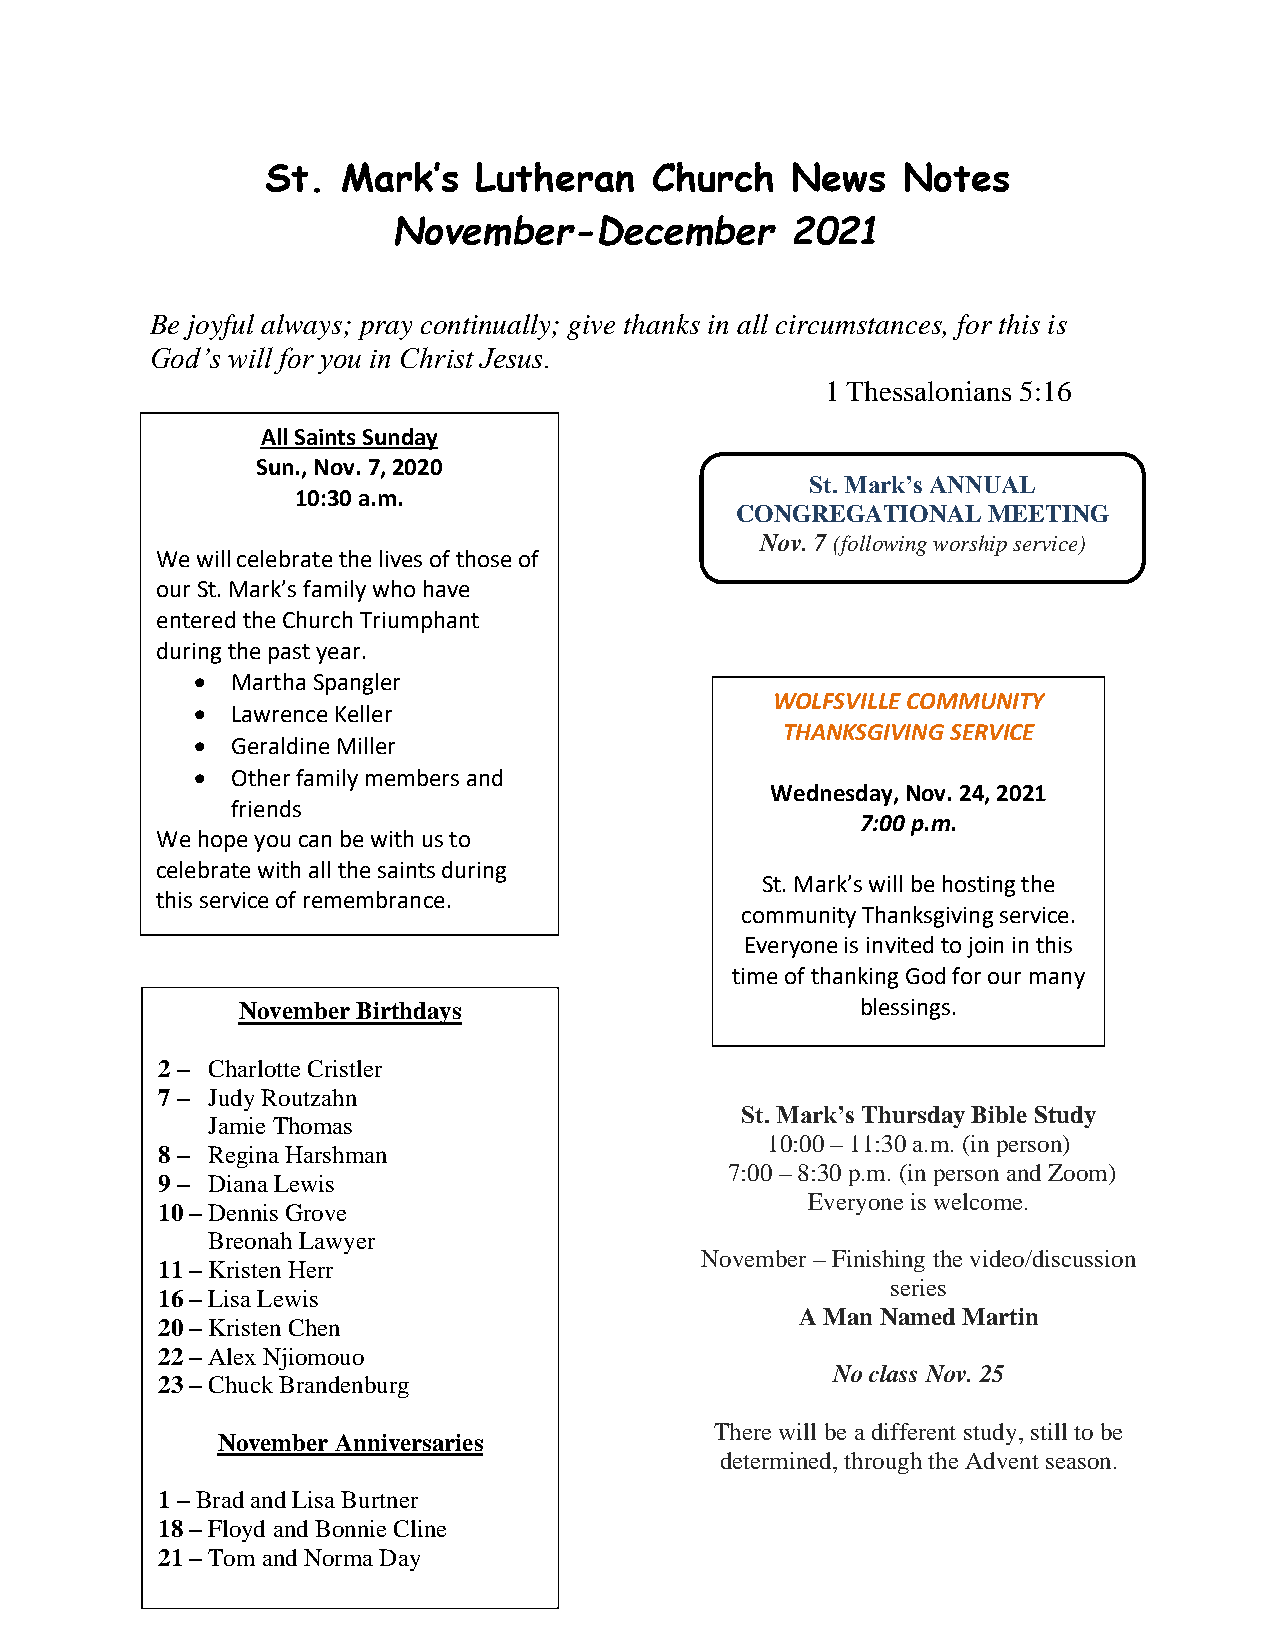
St.  Mark’s   Lutheran   Church   News    Notes
 November-December         2021
 Be joyful always; pray continually; give thanks in all circumstances, for this is
 God’s will for you in Christ Jesus.
 1 Thessalonians 5:16
 All Saints Sunday
 Sun., Nov. 7, 2020
 St. Mark’s ANNUAL
 10:30 a.m.
 CONGREGATIONAL  MEETING
 Nov. 7 (following worship service)
 We will celebrate the lives of those of
 our St. Mark’s family who have
 entered the Church Triumphant
 during the past year.
 • Martha Spangler
 WOLFSVILLE COMMUNITY
 • Lawrence Keller
 THANKSGIVING SERVICE
 • Geraldine Miller
 • Other family members and
 Wednesday, Nov. 24, 2021
 friends
 7:00 p.m.
 We hope you can be with us to
 celebrate with all the saints during
 St. Mark’s will be hosting the
 this service of remembrance.
 community Thanksgiving service.
 Everyone is invited to join in this
 time of thanking God for our many
 November Birthdays                       blessings.
 2 – Charlotte Cristler
 7 – Judy Routzahn
 St. Mark’s Thursday Bible Study
 Jamie Thomas
 10:00 – 11:30 a.m. (in person)
 8 – Regina Harshman
 7:00 – 8:30 p.m. (in person and Zoom)
 9 – Diana Lewis
 Everyone is welcome.
 10 – Dennis Grove
 Breonah Lawyer
 November – Finishing the video/discussion
 11 – Kristen Herr
 se ries
 16 – Lisa Lewis
 AlthougAh Mthaen W Noalfmsveidlle M chaurrtcinh es
 20 – Kristen Chen
 have decided not to hold a
 22 – Alex Njiomouo
 communityN wo oclrashssip N soevr.v i2c5e this
 23 – Chuck Brandenburg
 year, please join us for a special
 November Anniversaries
 Tthiemree wofi lcl eblee bar adtifinfegr eonutr sgtruadcyio, ustsi ll to be
 dGetoedrm aninde dth, athnrkoinugg hH tihme fAord voeunr t season.
 1 – Brad and Lisa Burtner             many blessings. Pastor Eric will be
 18 – Floyd and Bonnie Cline           preaching.
 21 – Tom and Norma Day
 (Please let Lois know of additions or
 corrections.)